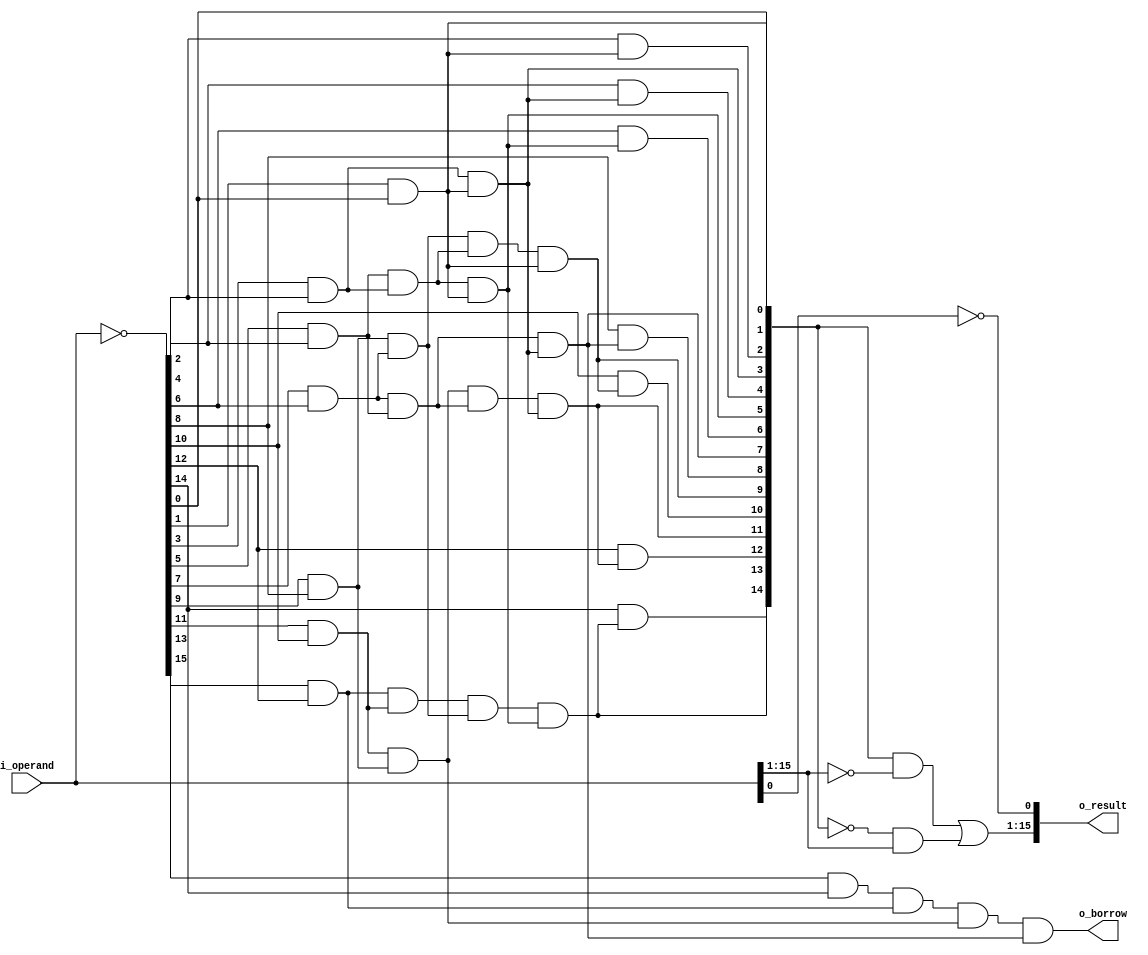
/*Author: Zhuxu
	m99a1@yahoo.cn
Use parallel prefix tree structure to reduce a 16-bit number by one.

stage 0:	number of genration=16;	number of logic operation=16;	G_0[xx]=~i_operand[xx];
stage 1:	NOG=16;			NOO=8;				G_1[2n-1]=G_0[2n-1]&&G_0[2n-2];	n=8:1
stage 2:	NOG=16;			NOO=7;				G_2[2n-1]=G_1[2n-1]&&G_1[2n-3];	n=8:2
stage 3:	NOG=16;			NOO=6;				G_3[2n-1]=G_2[2n-1]&&G_2[2n-5];	n=8:3	
stage 4:	NOG=16;			NOO=4;				G_4[2n-1]=G_3[2n-1]&&G_3[2n-9];	n=8:5	
stage 5:	NOG=16;			NOO=7;				G_5[2n]=G_4[2n]&&G_4[2n-1];	n=7:1

*/
module minus_one(
input	[15:0]i_operand,
output	[15:0]o_result,
output	o_borrow
);
//stage 0
wire	[15:0]G_0;
assign	G_0=~i_operand;

//stage 1
wire	[15:0]G_1;
assign	G_1[1]=G_0[1]&G_0[0];
assign	G_1[3]=G_0[3]&G_0[2];
assign	G_1[5]=G_0[5]&G_0[4];
assign	G_1[7]=G_0[7]&G_0[6];
assign	G_1[9]=G_0[9]&G_0[8];
assign	G_1[11]=G_0[11]&G_0[10];
assign	G_1[13]=G_0[13]&G_0[12];
assign	G_1[15]=G_0[15]&G_0[14];
assign	G_1[0]=G_0[0];
assign	G_1[2]=G_0[2];
assign	G_1[4]=G_0[4];
assign	G_1[6]=G_0[6];
assign	G_1[8]=G_0[8];
assign	G_1[10]=G_0[10];
assign	G_1[12]=G_0[12];
assign	G_1[14]=G_0[14];

//stage 2
wire	[15:0]G_2;
assign	G_2[3]=G_1[3]&G_1[1];
assign	G_2[5]=G_1[5]&G_1[3];
assign	G_2[7]=G_1[7]&G_1[5];
assign	G_2[9]=G_1[9]&G_1[7];
assign	G_2[11]=G_1[11]&G_1[9];
assign	G_2[13]=G_1[13]&G_1[11];
assign	G_2[15]=G_1[15]&G_1[13];
assign	G_2[0]=G_1[0];
assign	G_2[2]=G_1[2];
assign	G_2[1]=G_1[1];
assign	G_2[4]=G_1[4];
assign	G_2[6]=G_1[6];
assign	G_2[8]=G_1[8];
assign	G_2[10]=G_1[10];
assign	G_2[12]=G_1[12];
assign	G_2[14]=G_1[14];

//stage 3
wire	[15:0]G_3;
assign	G_3[5]=G_2[5]&G_2[1];
assign	G_3[7]=G_2[7]&G_2[3];
assign	G_3[9]=G_2[9]&G_2[5];
assign	G_3[11]=G_2[11]&G_2[7];
assign	G_3[13]=G_2[13]&G_2[9];
assign	G_3[15]=G_2[15]&G_2[11];
assign	G_3[0]=G_2[0];
assign	G_3[2]=G_2[2];
assign	G_3[1]=G_2[1];
assign	G_3[4]=G_2[4];
assign	G_3[3]=G_2[3];
assign	G_3[6]=G_2[6];
assign	G_3[8]=G_2[8];
assign	G_3[10]=G_2[10];
assign	G_3[12]=G_2[12];
assign	G_3[14]=G_2[14];

//stage 4
wire	[15:0]G_4;
assign	G_4[9]=G_3[9]&G_3[1];
assign	G_4[11]=G_3[11]&G_3[3];
assign	G_4[13]=G_3[13]&G_3[5];
assign	G_4[15]=G_3[15]&G_3[7];
assign	G_4[0]=G_3[0];
assign	G_4[2]=G_3[2];
assign	G_4[1]=G_3[1];
assign	G_4[4]=G_3[4];
assign	G_4[3]=G_3[3];
assign	G_4[6]=G_3[6];
assign	G_4[5]=G_3[5];
assign	G_4[8]=G_3[8];
assign	G_4[7]=G_3[7];
assign	G_4[10]=G_3[10];
assign	G_4[12]=G_3[12];
assign	G_4[14]=G_3[14];

//stage 5
wire	[15:0]G_5;
assign	G_5[2]=G_4[2]&G_4[1];
assign	G_5[4]=G_4[4]&G_4[3];
assign	G_5[6]=G_4[6]&G_4[5];
assign	G_5[8]=G_4[8]&G_4[7];
assign	G_5[10]=G_4[10]&G_4[9];
assign	G_5[12]=G_4[12]&G_4[11];
assign	G_5[14]=G_4[14]&G_4[13];
assign	G_5[1]=G_4[1];
assign	G_5[3]=G_4[3];
assign	G_5[5]=G_4[5];
assign	G_5[7]=G_4[7];
assign	G_5[9]=G_4[9];
assign	G_5[11]=G_4[11];
assign	G_5[13]=G_4[13];
assign	G_5[15]=G_4[15];
assign	G_5[0]=G_4[0];

//stage 6
assign	o_result[0]=~i_operand[0];
assign	o_result[15:1]=(G_5[14:0]&(~i_operand[15:1]))|((~G_5[14:0])&i_operand[15:1]);
assign	o_borrow=G_5[15];

endmodule